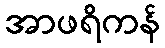
အာဖရိကန်